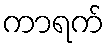
ကာရက်